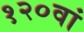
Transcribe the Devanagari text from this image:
१२०वां